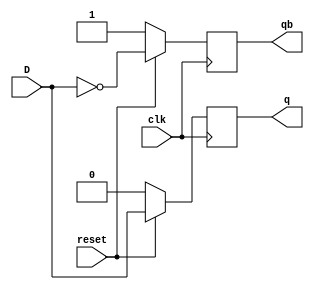
`timescale 1ns / 1ps

module DFF(
    input clk, reset, D,
    output reg q, qb
    );
always@(posedge clk)
if(reset==0)
begin
    q<=0;
    qb<=1;
end
else begin
    q<=D;
    qb<= ~D;
    end
endmodule

module counterr(
    input clk, reset,
    output [2:0] q,qb
);
wire a,b,c;
assign q = 000;
DFF D2(clk, reset, a, q[2],qb[2]);
DFF D1(clk, reset, b, q[1], qb[1]);
DFF D0(clk, reset, c, q[0], qb[0]);
assign a = (qb[1]&qb[0] + q[2]&q[0]);
assign b = (q[2]&qb[1]&qb[0] + q[2]&q[1]&q[0]);
assign c = qb[1]&qb[2];


endmodule